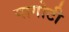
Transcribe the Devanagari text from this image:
पागोटी